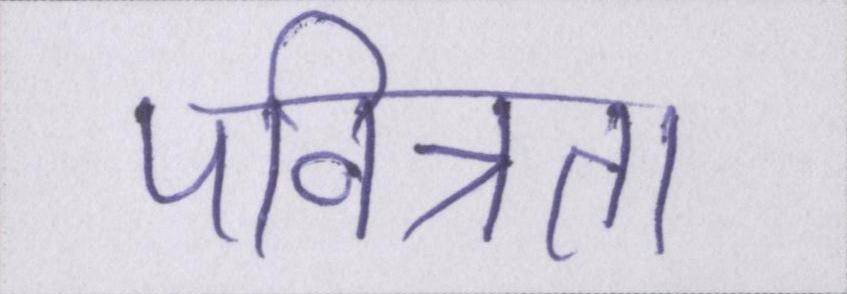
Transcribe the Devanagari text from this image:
पवित्रता